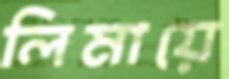
লিমায়ে